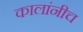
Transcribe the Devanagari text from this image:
कालांनीच